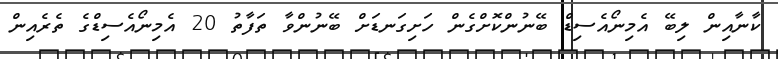
ކާނާއިން ލިބޭ އެމިނޯއެސިޑް ބޭނުންކޮށްގެން ހަށިގަނޑަށް ބޭނުންވާ ތަފާތު 20 އެމިނޯއެސިޑްގެ ތެރެއިން